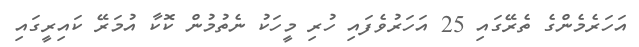
އަހަރެމެންގެ ތެރޭގައި 25 އަހަރުވެފައި ހުރި މީހަކު ނެތުމުން ކޮކާ އުމަރޭ ކައިރީގައި